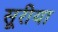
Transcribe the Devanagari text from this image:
सूरीया